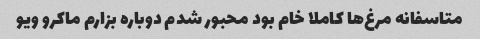
متاسفانه مرغ‌ها کاملا خام بود محبور شدم دوباره بزارم ماکرو ویو